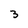
Character: 3